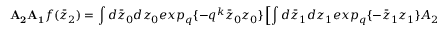
{ \bf A _ { 2 } A _ { 1 } } f ( \bar { z } _ { 2 } ) = \int d \bar { z } _ { 0 } d z _ { 0 } e x p _ { q } \{ - q ^ { k } \bar { z } _ { 0 } z _ { 0 } \} \left[ \int d \bar { z } _ { 1 } d z _ { 1 } e x p _ { q } \{ - \bar { z } _ { 1 } z _ { 1 } \} A _ { 2 } ( \bar { z } _ { 2 } , z _ { 1 } ) A _ { 1 } ( \bar { z } _ { 1 } , z _ { 0 } ) \right] f ( \bar { z } _ { 0 } ) \ .